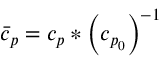
\bar { c } _ { p } = { c _ { p } } * \left( { c _ { p _ { 0 } } } \right) ^ { - 1 }